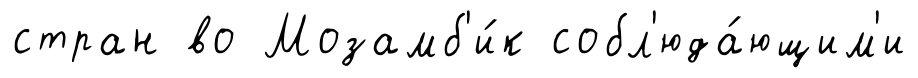
стран во Мозамб'и́к собл'юда́ющим'и